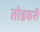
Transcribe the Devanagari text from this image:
तोडकरी